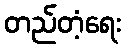
တည်တံ့ရေး